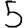
Digit: 5